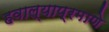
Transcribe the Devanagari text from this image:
हवाल्याप्रमाणे